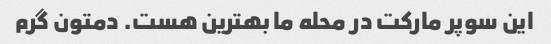
این سوپر مارکت در محله ما بهترین هست. دمتون گرم